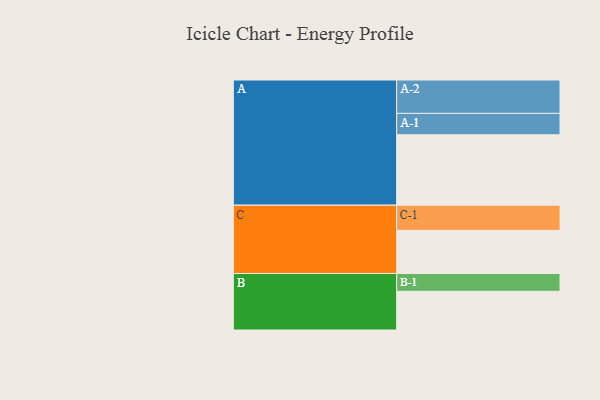
{"axis": {"x": "Segment", "y": "Value"}, "legend": ["", "A", "B", "C"], "data": [{"x": "A", "y": 557, "type": ""}, {"x": "B", "y": 306, "type": ""}, {"x": "C", "y": 341, "type": ""}, {"x": "A-1", "y": 169, "type": "A"}, {"x": "A-2", "y": 264, "type": "A"}, {"x": "B-1", "y": 141, "type": "B"}, {"x": "C-1", "y": 199, "type": "C"}]}